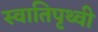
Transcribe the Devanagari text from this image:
स्वातिपृथ्वी